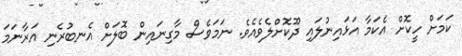
ކަމަށް ހީކޮށް އެކަމާ އަޅައިނުލައި ދޫކޮށްލެވެއެވެ. ނަމަވެސް މާގިނައިން ބޮލަށް އެނބުރެނި އަރާނަމަ